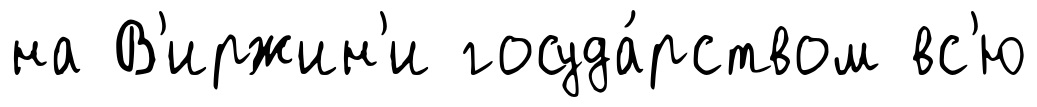
на В'иржин'и госуда́рством вс'ю